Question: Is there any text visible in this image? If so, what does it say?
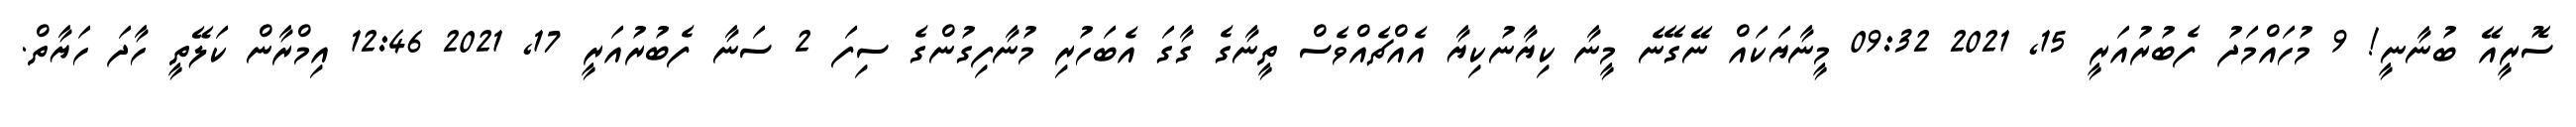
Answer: ސޮރީއޭ ބުނާނީ! 9 މުހައްމަދު ފެބުރުއަރީ 15, 2021 09:32 މީނާޔަކައް ނޭގޭނެ މީނާ ކިޔާނުކިޔާ އެއްޗެއްވެސް ތީނާގެ ގާގަ އެބަހުރި މުނާފިގުންގެ ސިފަ 2 ސަނާ ފެބުރުއަރީ 17, 2021 12:46 އިމްރާން ކަލޭތީ ހާދަ ހަޔާތް.